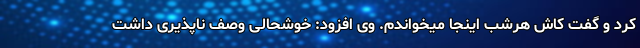
کرد و گفت کاش هرشب اینجا میخواندم. وی افزود: خوشحالی وصف ناپذیری داشت